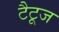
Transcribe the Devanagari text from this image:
टैटूज